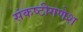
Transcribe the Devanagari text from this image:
संकष्टीगणेश